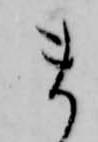
ま